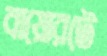
বায়োরটে